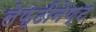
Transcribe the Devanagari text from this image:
लेफ्टीनेण्ट